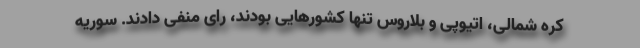
کره شمالی، اتیوپی و بلاروس تنها کشورهایی بودند، رای منفی دادند. سوریه